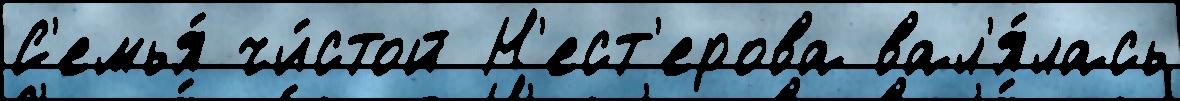
С'емья́ чи́стой Н'ест'ерова вал'я́лась